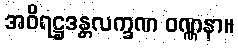
အဝိရဋ္ဌဒန္တလက္ခဏ ဝဏ္ဏနာ။